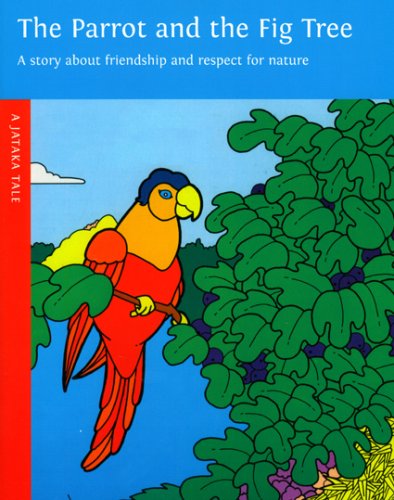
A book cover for Parrot and the Fig Tree (Jataka Tale); Michael Harman; Children's Books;